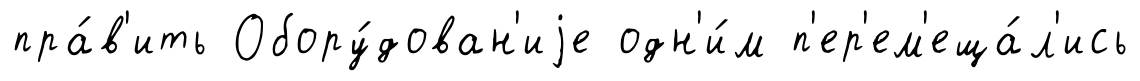
пра́в'ить Обору́дован'иjе одн'и́м п'ер'ем'еща́л'ись